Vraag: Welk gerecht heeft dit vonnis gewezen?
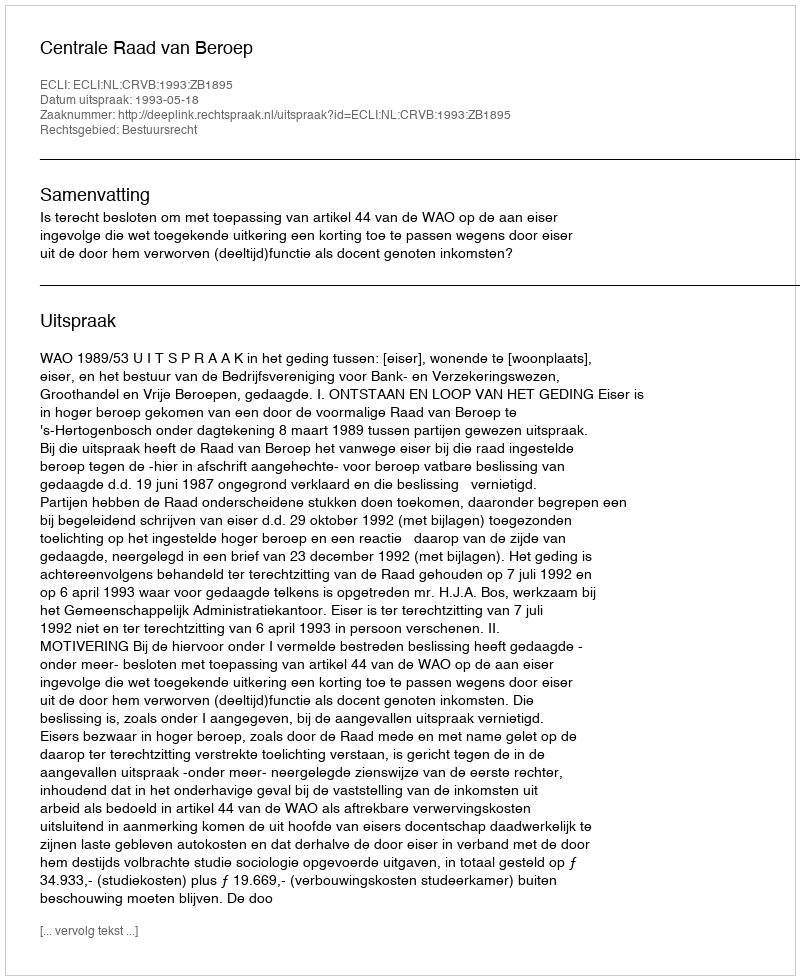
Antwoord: Centrale Raad van Beroep